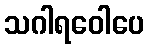
သဂါရဝေါပေ